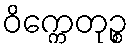
ဝိက္ကေတုဉ္စ